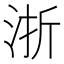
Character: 浙